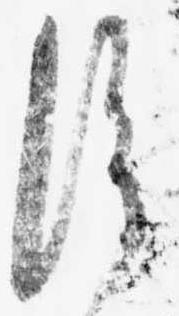
片